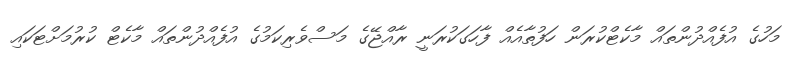
މަހުގެ އުފެއްދުންތައް މާކެޓްކުރަން ހަފުތާއެއް ފާހަގަކުރަނީ ރާއްޖޭގެ މަސްވެރިކަމުގެ އުފެއްދުންތައް މާކެޓް ކުރުމަށްޓަކައި